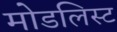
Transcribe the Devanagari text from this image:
मोडलिस्ट